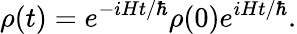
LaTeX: \rho(t)=e^{-iHt/\hbar}\rho(0)e^{iHt/\hbar}.